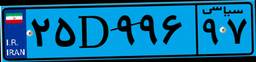
۲۵D۹۹۶۹۷